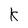
Character: K